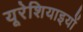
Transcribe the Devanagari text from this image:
यूरेशियाइयों